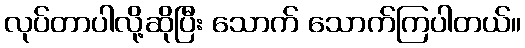
လုပ်တာပါလို့ဆိုပြီး သောက် သောက်ကြပါတယ်။